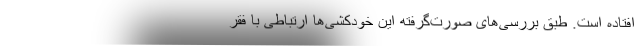
افتاده است. طبق بررسی‌های صورت‌گرفته این خودکشی‌ها ارتباطی با فقر